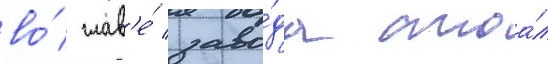
во́ глав'е́ заво́да стоа́л